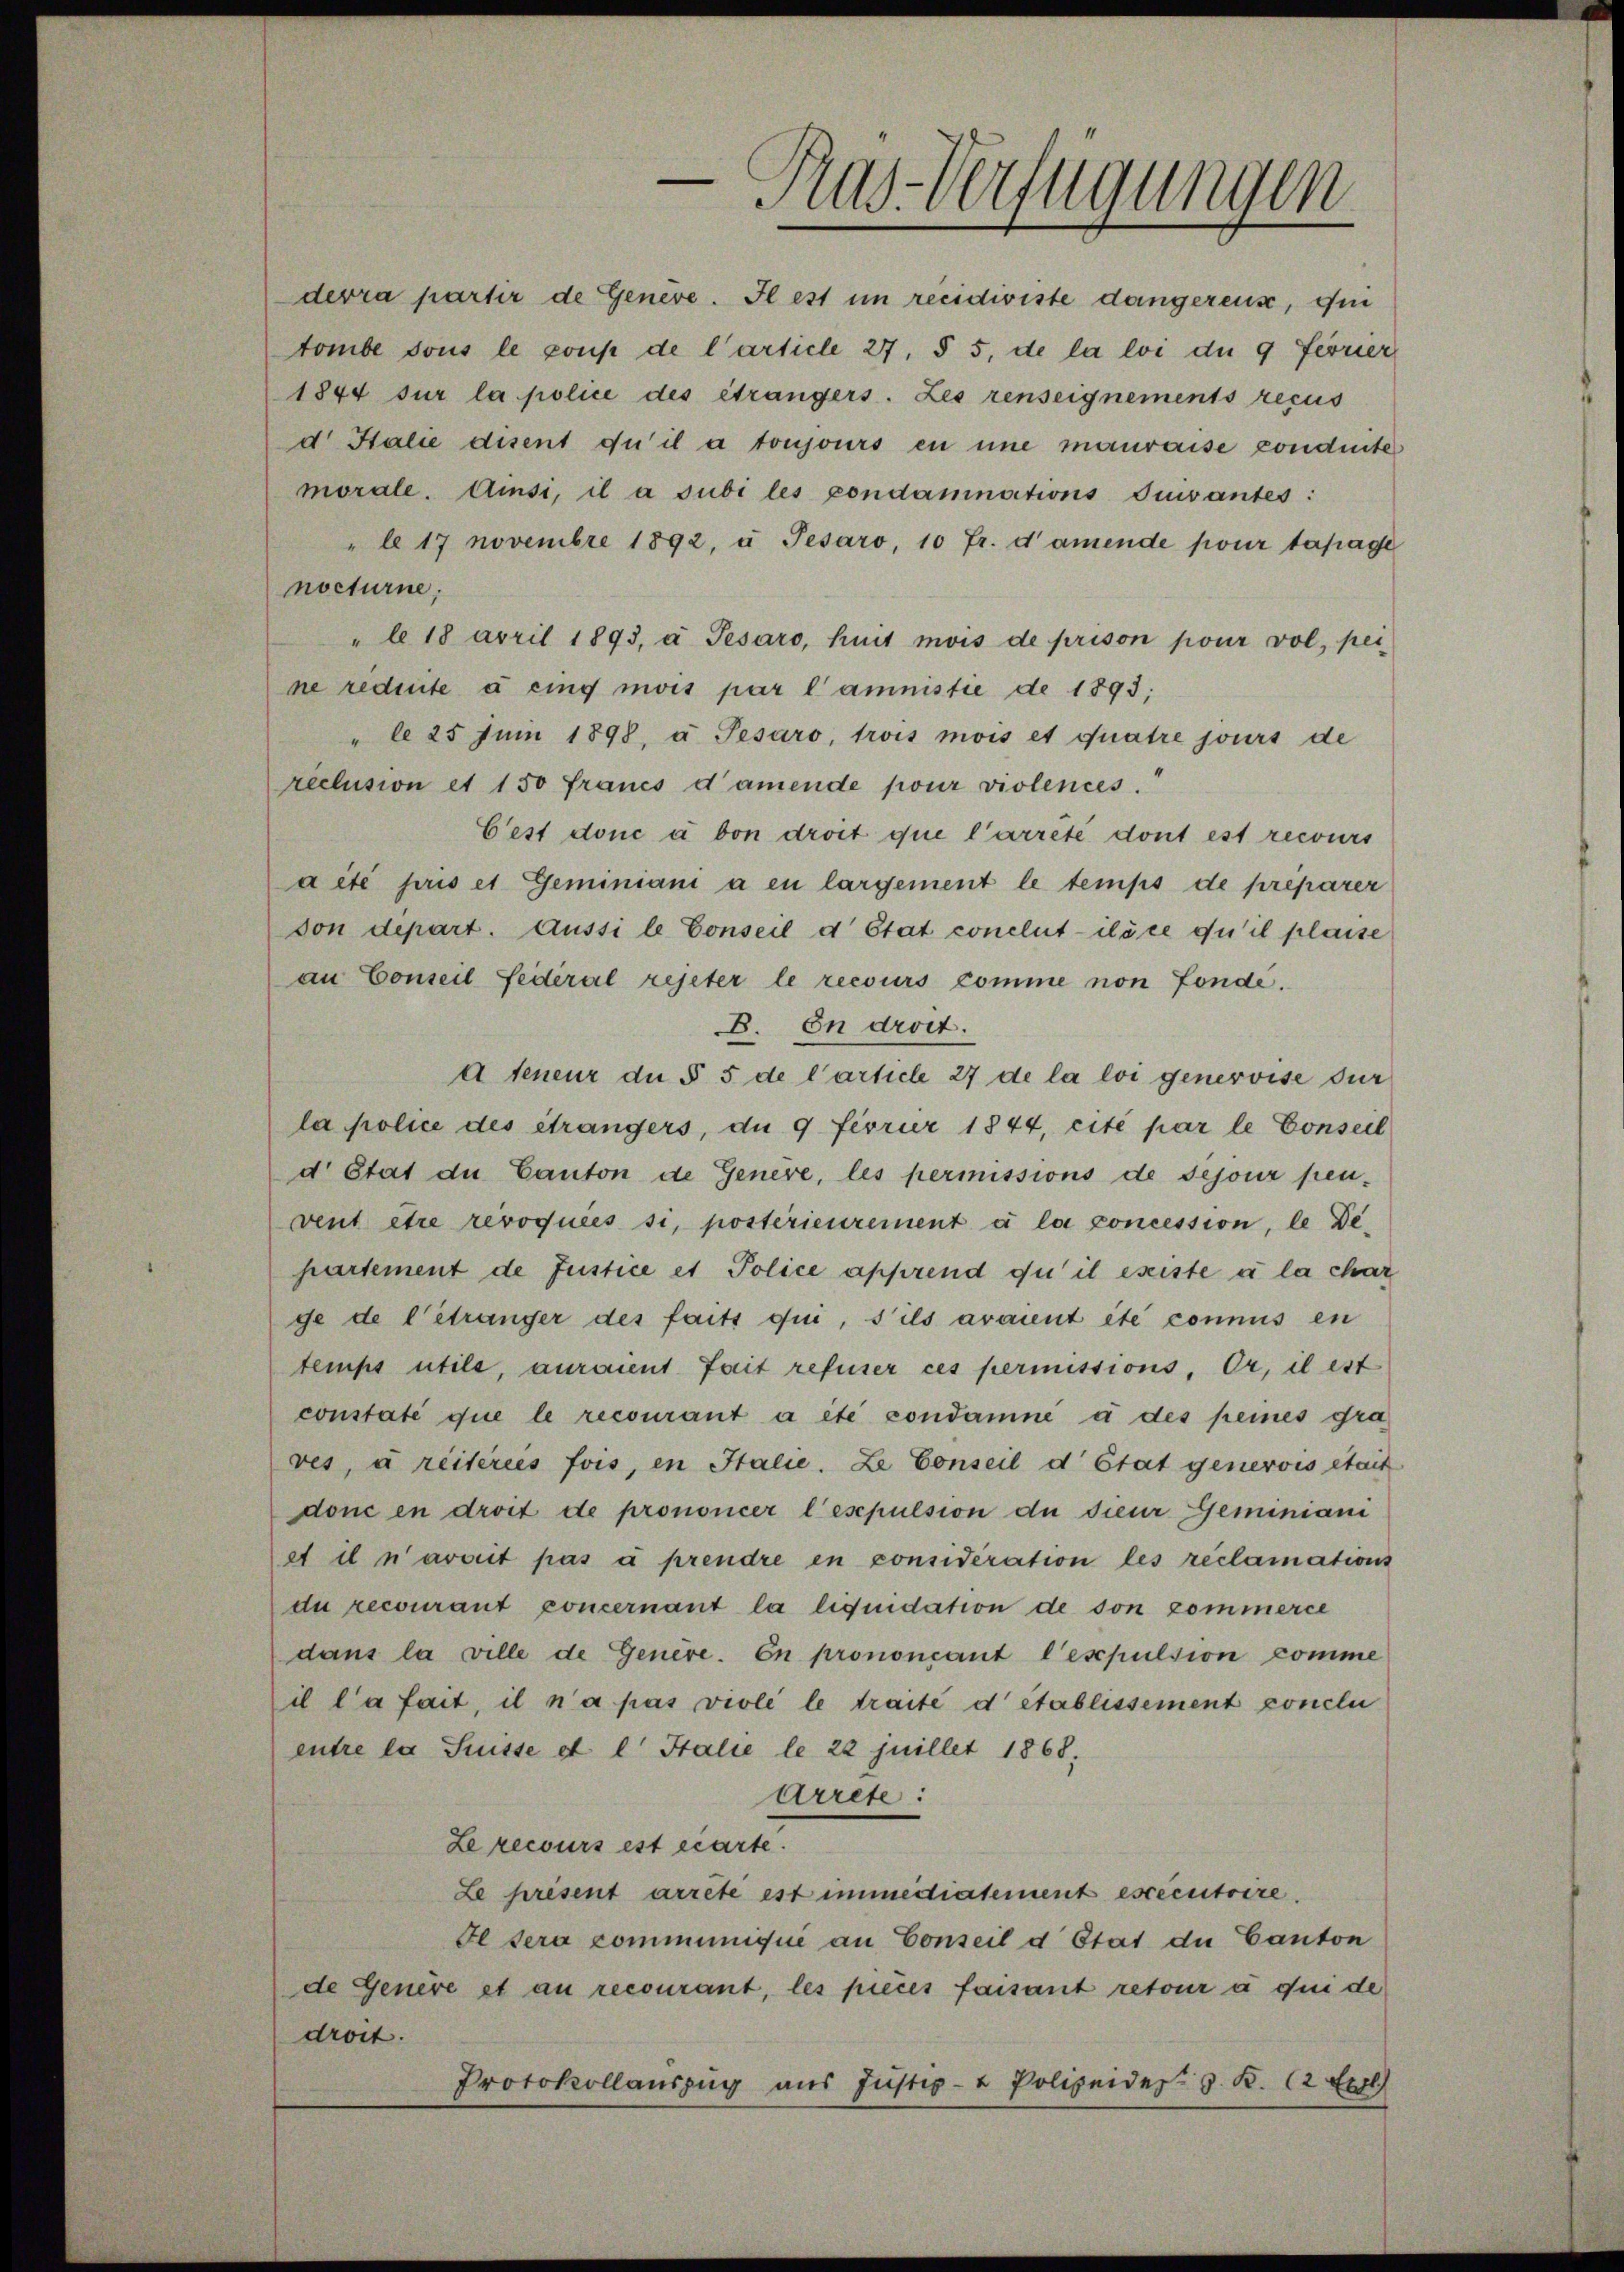
Pras-Verfügungen

devra partir de Genève. Il est im recidiviste dangereuse, die
tombe sous le poup de l’article 27, § 5, de la loi due 9 Ferner
1844 sur la police des étrangers. Les renseignements reçus
d. Salie disent du il a toujours en une mauvaise conduite
morale. Ainsi, il a subi les condamnations Turantes:
"le 17 novembre 1892, u. Pesaro, 10 Fr. damende pour tapage
nocturne.
"le 18 April 1893, à Pesaro, huit mois de prison pour vol, pei
ne réduite da eing mois par l’annistie de 1893;
" le 25 Juni 1898, à Pesaro, trois mois et quatre jours de
reclusion et 150 francs d’amende pour violences.
Cest donc a von droit que l’arrêté dont est recours
aité pris et Geminiani a en largement le temps de préparer
von depart. Aussi le Conseil d’Etat conclut-ilöce qu’il plaise
an Conseil Federal rejeter le recours comme non fonde.
B. In droit.
d teneur der § 5 de l’article 27 de la loi genervise dur
la police des étrangers, du 9 fivrier 1844, cité par le Conseil
d Etat de Canton de Genere, les permissions de sejour penvent etce révoquées si, postérieurement à la concession, le Departement de Justice et Police apprend qui il esiste à la char
ge de l’étranger des faits que, s’ils avaient etc connus en
temps utile, auraient fait refuser ces permissions, Er, il est
constate que le recourant a été condamné à des peines gra
ves, à reitereis fois, in Italie. Le Conseil d’Etat genevois était
doni en droit de prononcer lesepulsion du dieur Geminiani
et il n’avait pas à prendre en considération les reclamations
du recourant poncernant la liquidation de son commerce
dans la ville de Genere. En prononçant l’expulsion comme
il l’a fait, il n’a pas viole le traite detablissement conclu
entre la Suisse et l. Stalie le 22 juillet 1868;
Arrete:
Le recours est écarte.
Le présent arrêté est immediatement escecutoire.
Il sera communique an Conseil d Etat du Canton
de Genere et au recourant, les pieces faisant retour à qui de
droit.
Protokollauszug aus Justiz- u Polizeides J. K. 12 Ext